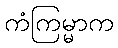
ကံကြမ္မာက